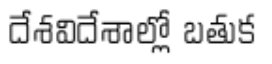
దేశవిదేశాల్లో బతుక